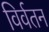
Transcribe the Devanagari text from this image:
विर्वतन